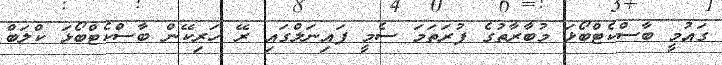
ގައުމީ ބާސްކެޓްބޯޅަ މުބާރާތުގެ ފުރަތަމަ ސެމީ ފައިނަލްގައި ރޭ ހަރިކޭން ބާސްކެޓްބޯޅަ ކްލަބް